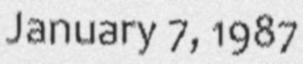
January 7, 1987